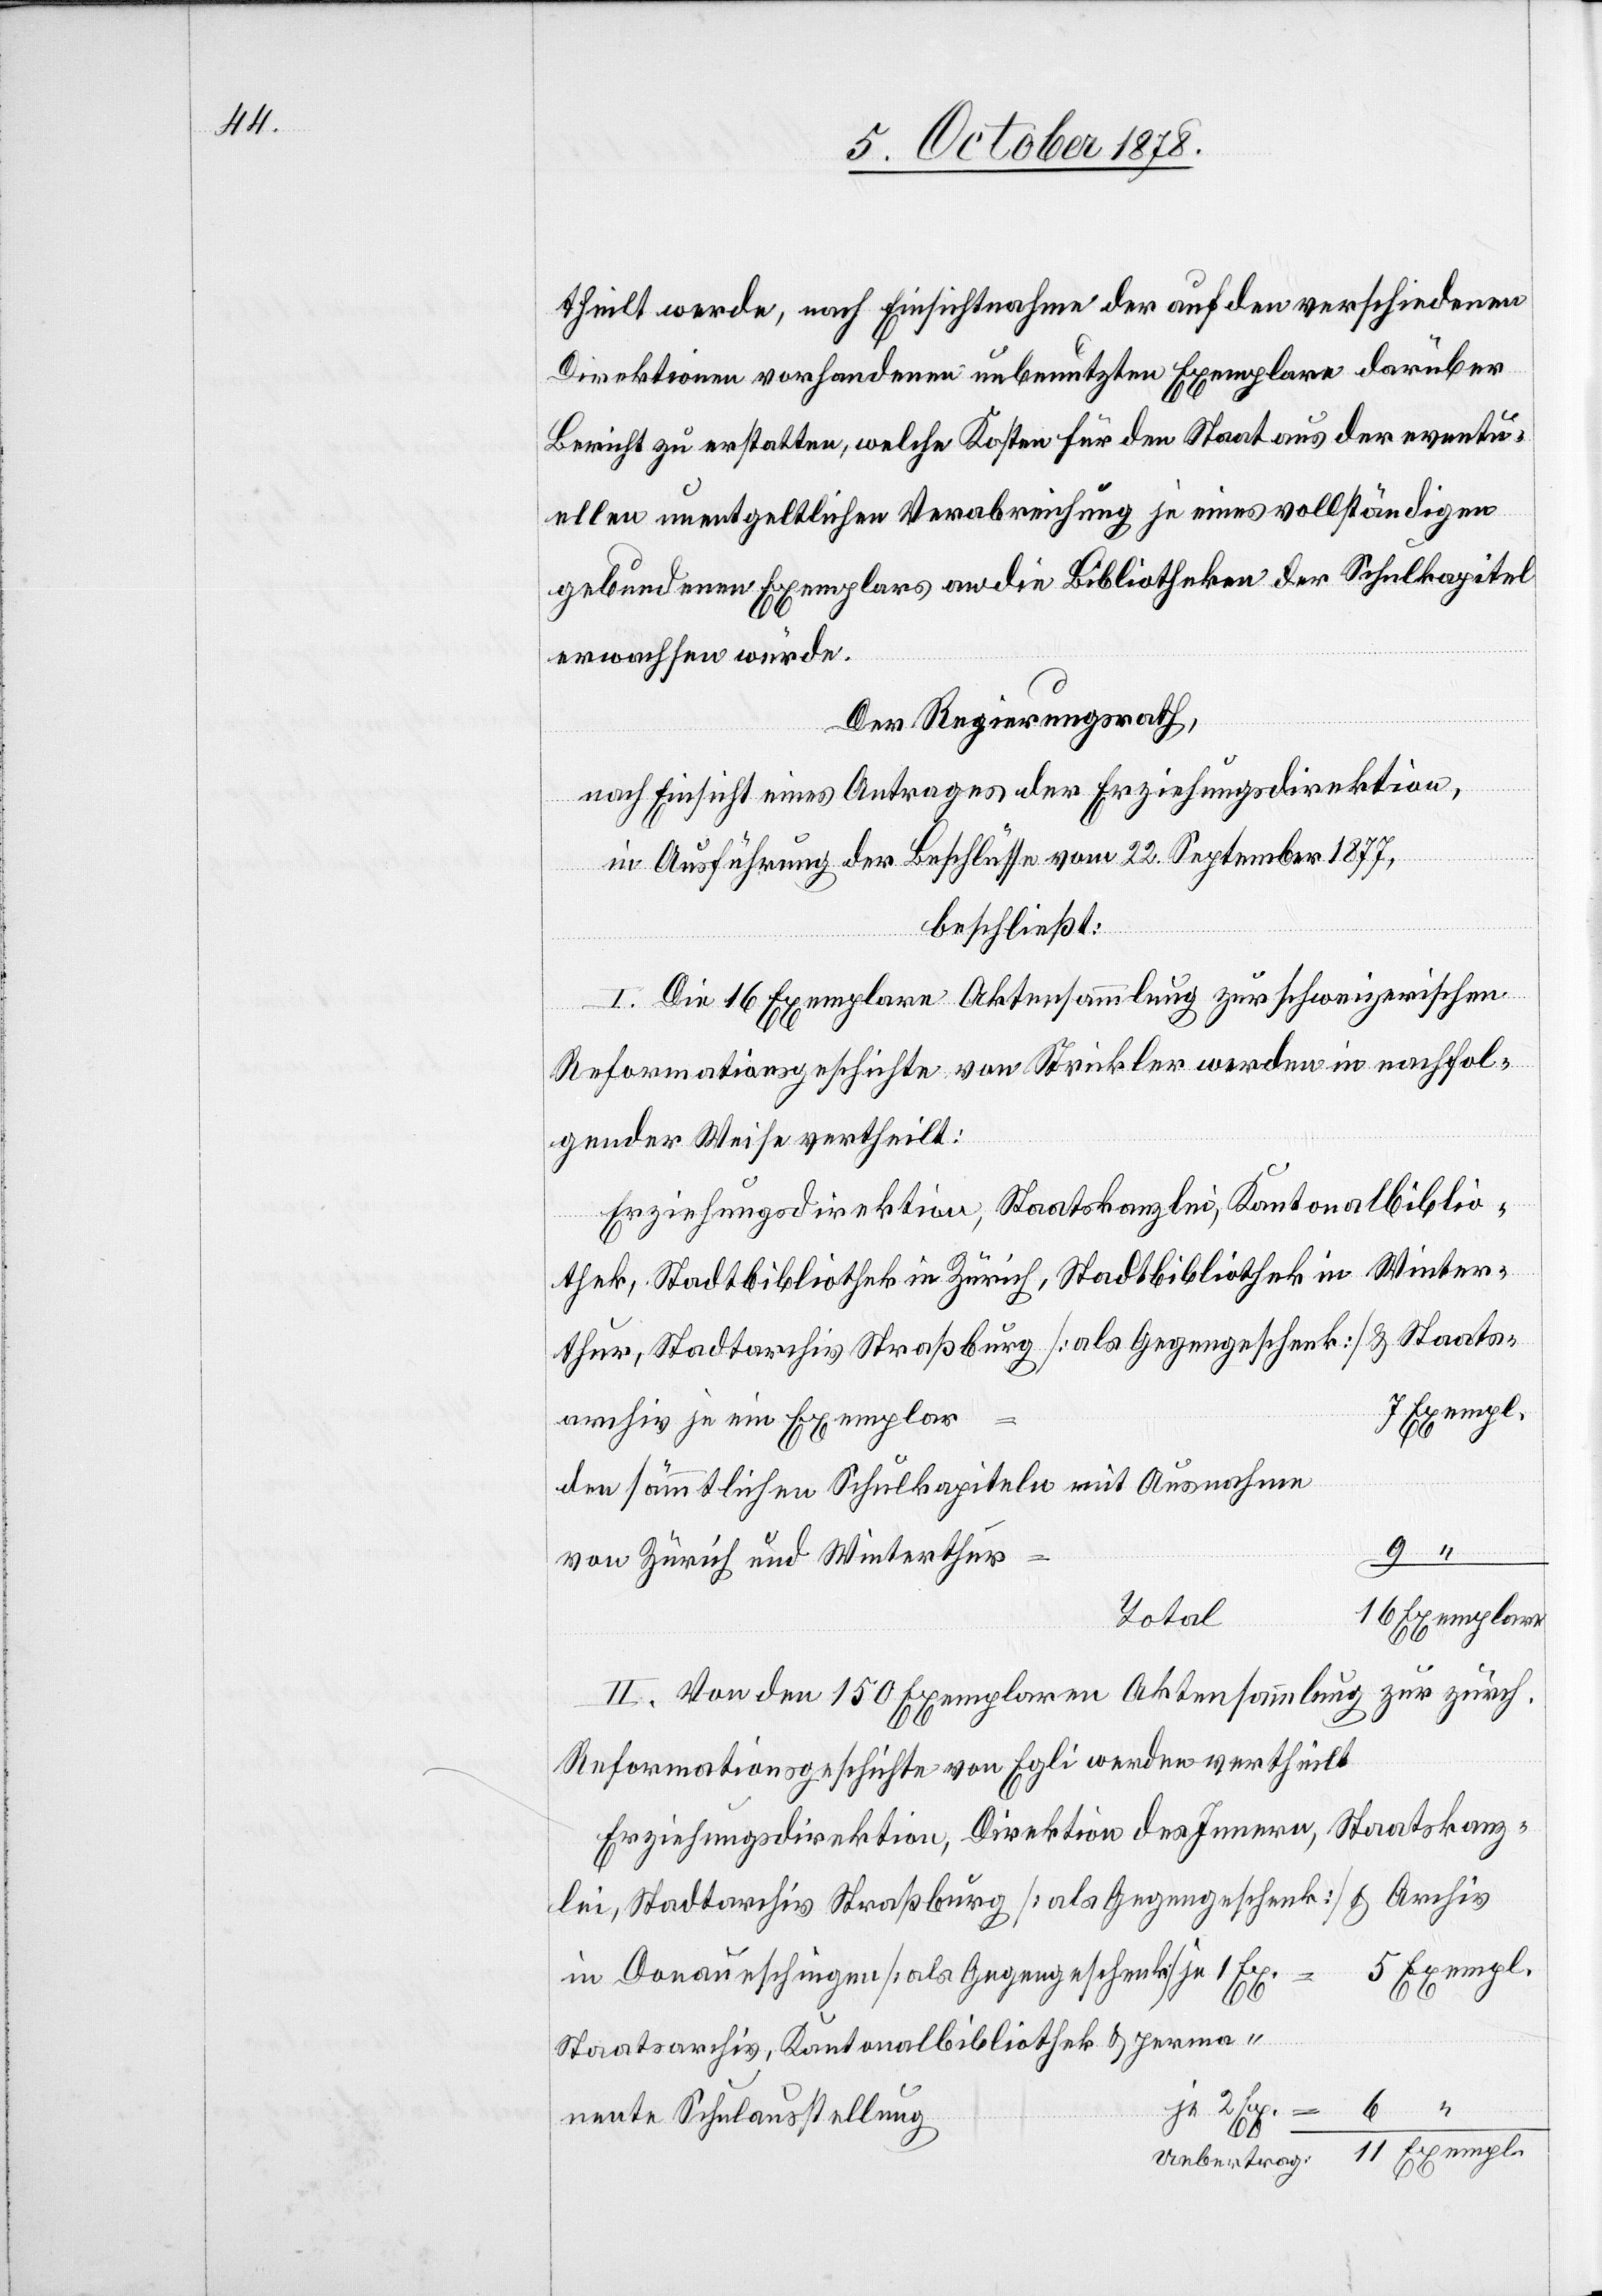
theilt werde, nach Einsichtnahme der auf den verschiedenen
Direktionen vorhandenen unbenutzten Exemplare darüber
Bericht zu erstatten, welche Kosten für den Staat aus der eventu¬
ellen unentgeltlichen Verabreichung je eines vollständigen
gebundenen Exemplars an die Bibliotheken der Schulkapitel
erwachsen würde,
Der Regierungsrath,
nach Einsicht eines Antrages der Erziehungsdirektion,
in Ausführung der Beschlüsse vom 22. September 1877,
beschließt:
I. Die 16 Exemplare Aktensammlung zur schweizerischen
Reformationsgeschichte von Strickler werden in nachfol¬
gender Weise vertheilt:
Erziehungsdirektion, Staatskanzlei, Kantonalbiblio¬
thek, Stadtbibliothek Zürich, Stadtbibliothek in Winter¬
thur, Stadtarchiv Straßburg [als Gegengeschenk] & Staats¬
7 Exempl.
archiv je ein Exemplar
den sämmtlichen Schulkapiteln mit Ausnahme
9 “
von Zürich und Winterthur
16 Exemplare
Total
II. Von den 150 Exemplaren Aktensammlung zur zürch.
Reformationsgeschichte von Egli werden vertheilt
Erziehungsdirektion, Direktion des Innern, Staatskanz¬
lei, Stadtarchiv Straßburg [als Gegengeschenk] & Archiv
5 Exempl.
in Donaueschingen [als Gegengeschenk] je 1 Ex.
Staatsarchiv, Kantonalbibliothek & perma¬
nente Schulausstellung
Uebertrag: 11 Exempl.